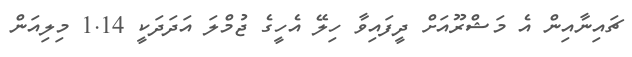
ޗައިނާއިން އެ މަޝްރޫއަށް ދީފައިވާ ހިލޭ އެހީގެ ޖުމްލަ އަދަދަކީ 1.14 މިލިއަން